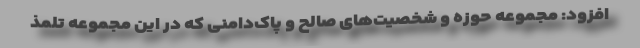
افزود: مجموعه حوزه و شخصیت‌های صالح و پاک‌دامنی که در این مجموعه تلمذ